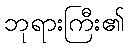
ဘုရားကြီး၏